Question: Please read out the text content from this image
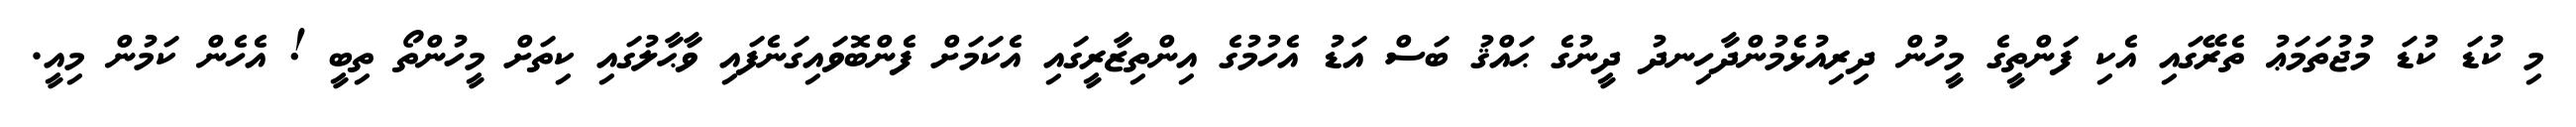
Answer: މި ކުޑަ ކުޑަ މުޖުތަމަޢު ތެރޭގައި އެކި ފަންތީގެ މީހުން ދިރިއުޅެމުންދާހިނދު ދީނުގެ ޙައްޤު ބަސް އަޑު އެހުމުގެ އިންތިޒާރީގައި އެކަމަށް ފެންބޮވައިގަނެފައި ވާޙާލުގައި ކިތަށް މީހުންތޯ ތިބީ ! އެހެން ކަމުން މިއީ.